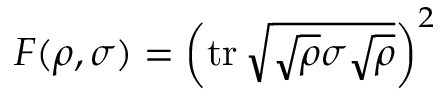
F ( \rho , \sigma ) = \left( \operatorname { t r } { \sqrt { { \sqrt { \rho } } \sigma { \sqrt { \rho } } } } \right) ^ { 2 }